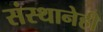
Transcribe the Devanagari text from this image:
संस्थानेही